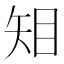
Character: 𥎶